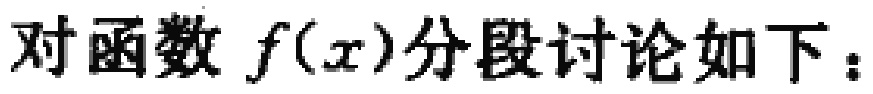
对函数 \(f(x)\)分段讨论如下：